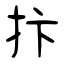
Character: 抃